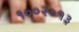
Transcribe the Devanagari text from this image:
१००२०१३